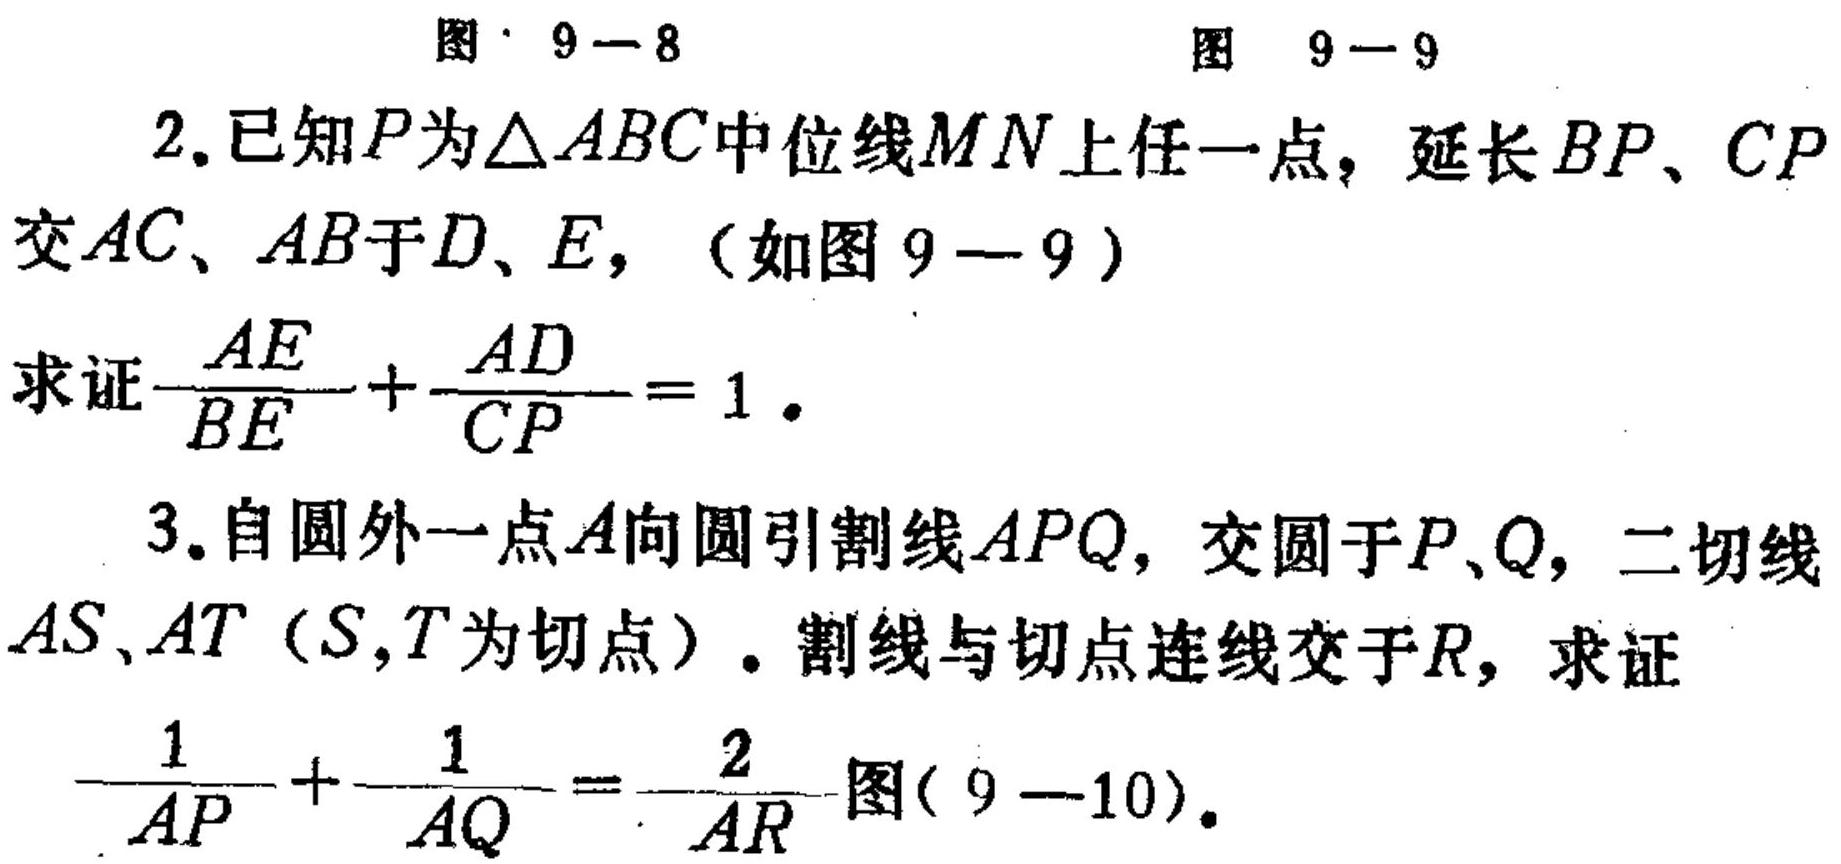
2. 已知\(P\)为\(\triangle ABC\)中位线\(MN\)上任一点，延长\(BP\)、\(CP\)交\(AC\)、\(AB\)于\(D\)、\(E\)，（如图 \(9 - 9\)）
求证\(\frac{AE}{BE}+\frac{AD}{CD}=1\)。
3. 自圆外一点\(A\)向圆引割线\(APQ\)，交圆于\(P\)、\(Q\)，二切线\(AS\)、\(AT\)（\(S\)，\(T\)为切点）。割线与切点连线交于\(R\)，求证
\(\frac{1}{AP}+\frac{1}{AQ}=\frac{2}{AR}\)图(\(9 - 10\))。